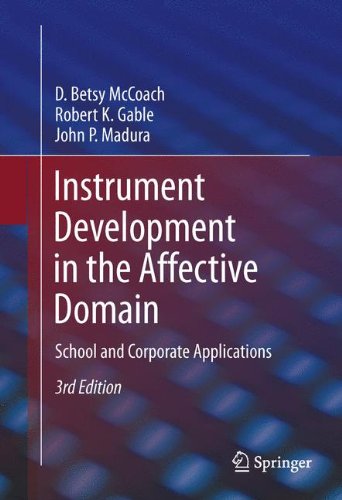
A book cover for Instrument Development in the Affective Domain: School and Corporate Applications; D. Betsy McCoach; Science & Math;